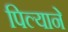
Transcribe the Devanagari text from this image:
पिल्याने